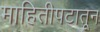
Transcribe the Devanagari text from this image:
माहितीपटातून